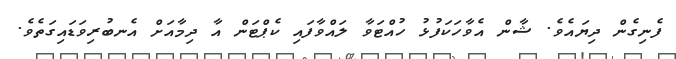
ފެނިގެން ދިޔައެވެ. ޝާން އެވާހަކަފުޅު ހުއްޓަވާ ލައްވާފައި ކެޕްޓަން އާ ދިމާއަށް އެނބުރިވަޑައިގަތެވެ.